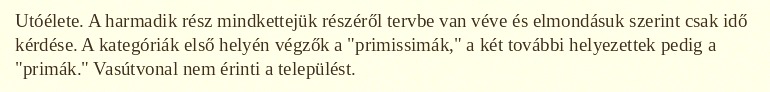
Utóélete. A harmadik rész mindkettejük részéről tervbe van véve és elmondásuk szerint csak idő kérdése. A kategóriák első helyén végzők a "primissimák," a két további helyezettek pedig a "primák." Vasútvonal nem érinti a települést.